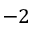
- 2